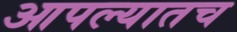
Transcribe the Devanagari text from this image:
आपल्यातच